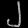
Digit: ၂